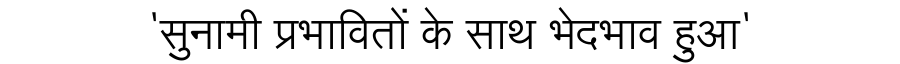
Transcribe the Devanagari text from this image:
'सुनामी प्रभावितों के साथ भेदभाव हुआ'